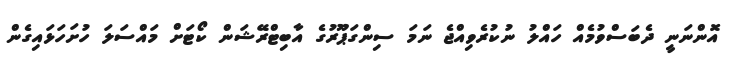
އޮންނަނީ ދެބަސްވުމެއް ހައްލު ނުކުރެވިއްޖެ ނަމަ ސިންގަޕޫރުގެ އާބިޓްރޭޝަން ކޯޓަށް މައްސަލަ ހުށަހަޅައިގެން